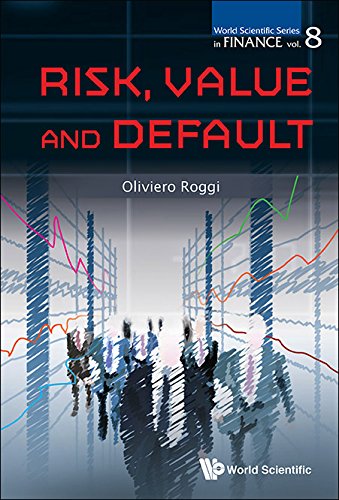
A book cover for Risk, Value and Default (World Scientific Series in Finance); Oliviero Roggi; Business & Money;